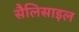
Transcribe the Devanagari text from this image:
सैलिसाइल